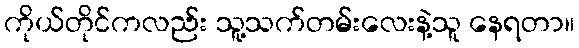
ကိုယ်တိုင်ကလည်း သူ့သက်တမ်းလေးနဲ့သူ နေရတာ။